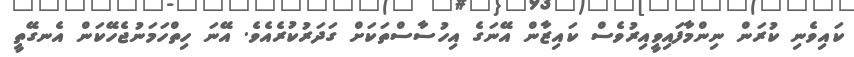
ކައިވެނި ކުރަން ނިންމާފައިވީއިރުވެސް ކައިޒާން އޭނަގެ އިހުސާސްތަކަށް ގަދަރުކުރެއެވެ. އޭނަ ހިތްހަމަނުޖެހޭކަން އެނގޭތީ